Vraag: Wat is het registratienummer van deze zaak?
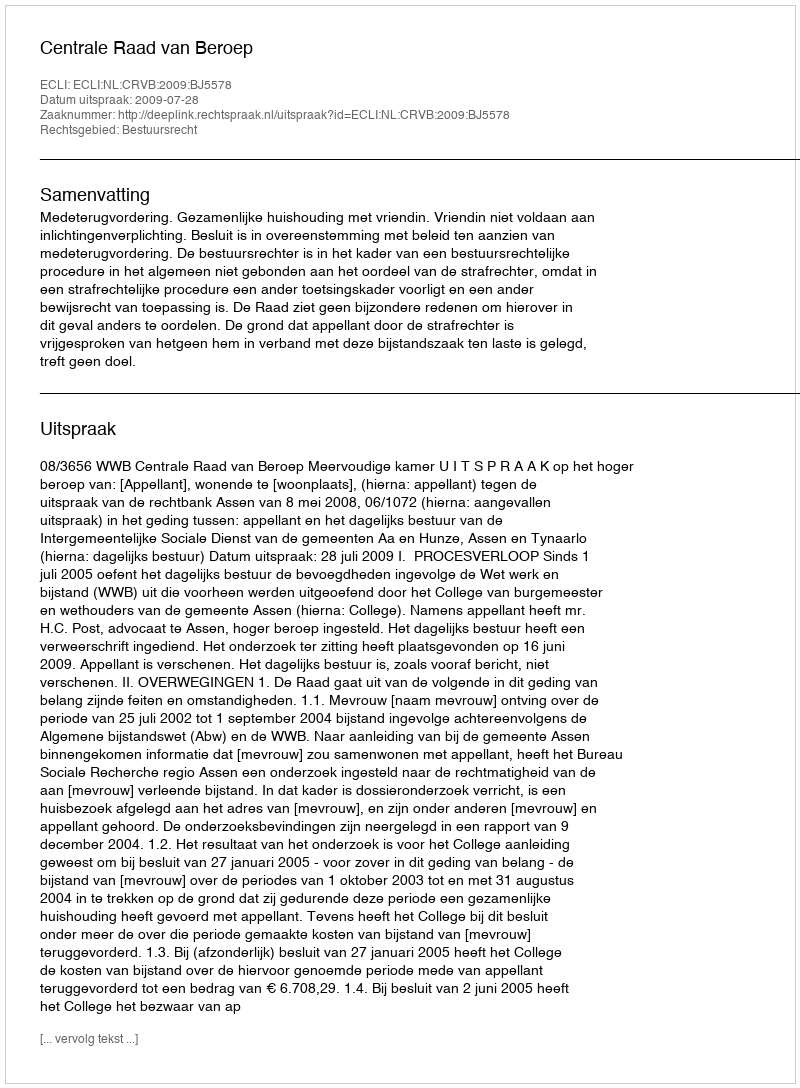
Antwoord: http://deeplink.rechtspraak.nl/uitspraak?id=ECLI:NL:CRVB:2009:BJ5578